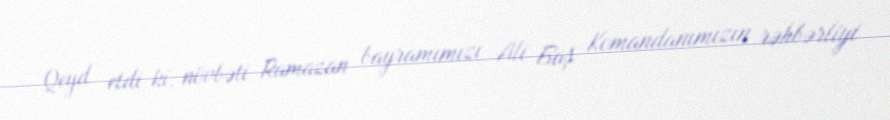
Qeyd etdi ki, növbəti Ramazan bayramımızı Ali Baş Komandanımızın rəhbərliyi